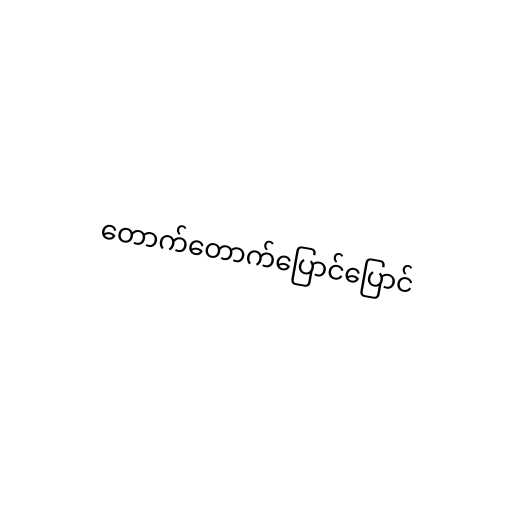
တောက်တောက်ပြောင်ပြောင်